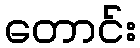
တောင်း